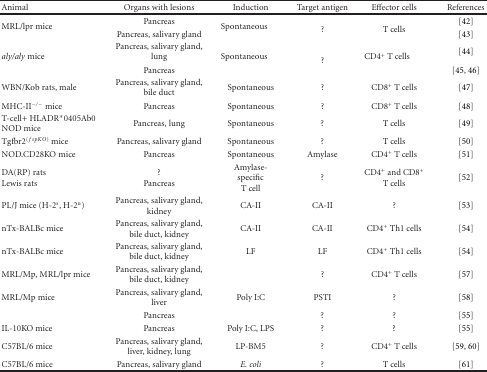
| Animal | Organs with lesions | Induction | Target antigen | Effector cells | References |
 | --- | --- | --- | --- | --- | --- |
 | <ROWSPAN=2> MRL/lpr mice | Pancreas | <ROWSPAN=2> Spontaneous | <ROWSPAN=2> ? | <ROWSPAN=2> T cells | [42] |
 | Pancreas, salivary gland | [43] |
 | <ROWSPAN=2> aly/aly mice | Pancreas, salivary gland, lung | <ROWSPAN=2> Spontaneous | <ROWSPAN=2> ? | <ROWSPAN=2> CD4+ T cells | [44] |
 | Pancreas | [45, 46] |
 | WBN/Kob rats, male | Pancreas, salivary gland, bile duct | Spontaneous | ? | CD8+ T cells | [47] |
 | MHC-II−/− mice | Pancreas | Spontaneous | ? | CD8+ T cells | [48] |
 | T-cell+ HLADR*0405Ab0 NOD mice | Pancreas, lung | Spontaneous | ? | T cells | [49] |
 | Tgfbr2(fspKO) mice | Pancreas, salivary gland | Spontaneous | ? | T cells | [50] |
 | NOD.CD28KO mice | Pancreas | Spontaneous | Amylase | CD4+ T cells | [51] |
 | DA(RP) rats Lewis rats | ? Pancreas | Amylase-specific T cell | ? | CD4+ and CD8+ T cells | [52] |
 | PL/J mice (H-2s, H-2u) | Pancreas, salivary gland, kidney | CA-II | CA-II | ? | [53] |
 | nTx-BALBc mice | Pancreas, salivary gland, bile duct, kidney | CA-II | CA-II | CD4+ Th1 cells | [54] |
 | nTx-BALBc mice | Pancreas, salivary gland, bile duct, kidney | LF | LF | CD4+ Th1 cells | [54] |
 | MRL/Mp, MRL/lpr mice | Pancreas, salivary gland, bile duct, kidney |  | ? | CD4+ T cells | [57] |
 | MRL/Mp mice | Pancreas, salivary gland, liver | Poly I:C | PSTI | ? | [58] |
 |  | Pancreas |  | ? | ? | [55] |
 | IL-10KO mice | Pancreas | Poly I:C, LPS | ? | ? | [55] |
 | C57BL/6 mice | Pancreas, salivary gland, liver, kidney, lung | LP-BM5 | ? | CD4+ T cells | [59, 60] |
 | C57BL/6 mice | Pancreas, salivary gland | E. coli | ? | T cells | [61] |